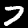
Digit: 7